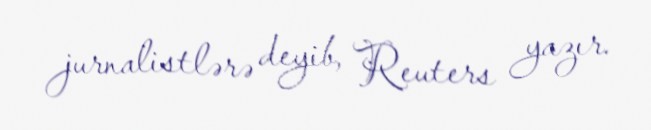
jurnalistlərə deyib, Reuters yazır.